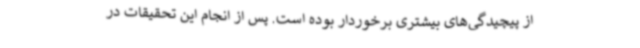
از پیچیدگی‌های بیشتری برخوردار بوده است. پس از انجام این تحقیقات در